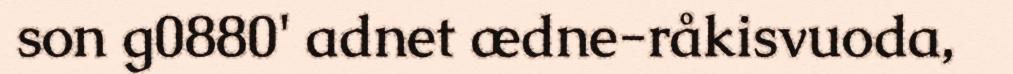
son g0880' adnet ædne-råkisvuoda,